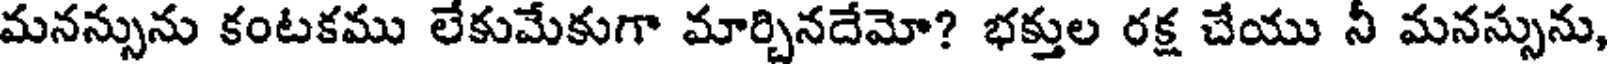
మనన్సును కంటకము లేకుమేకుగా మార్చినదేమో? భక్తుల రక్ష చేయు నీ మనస్సును,